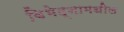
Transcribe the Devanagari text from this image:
विभेद्नामधील